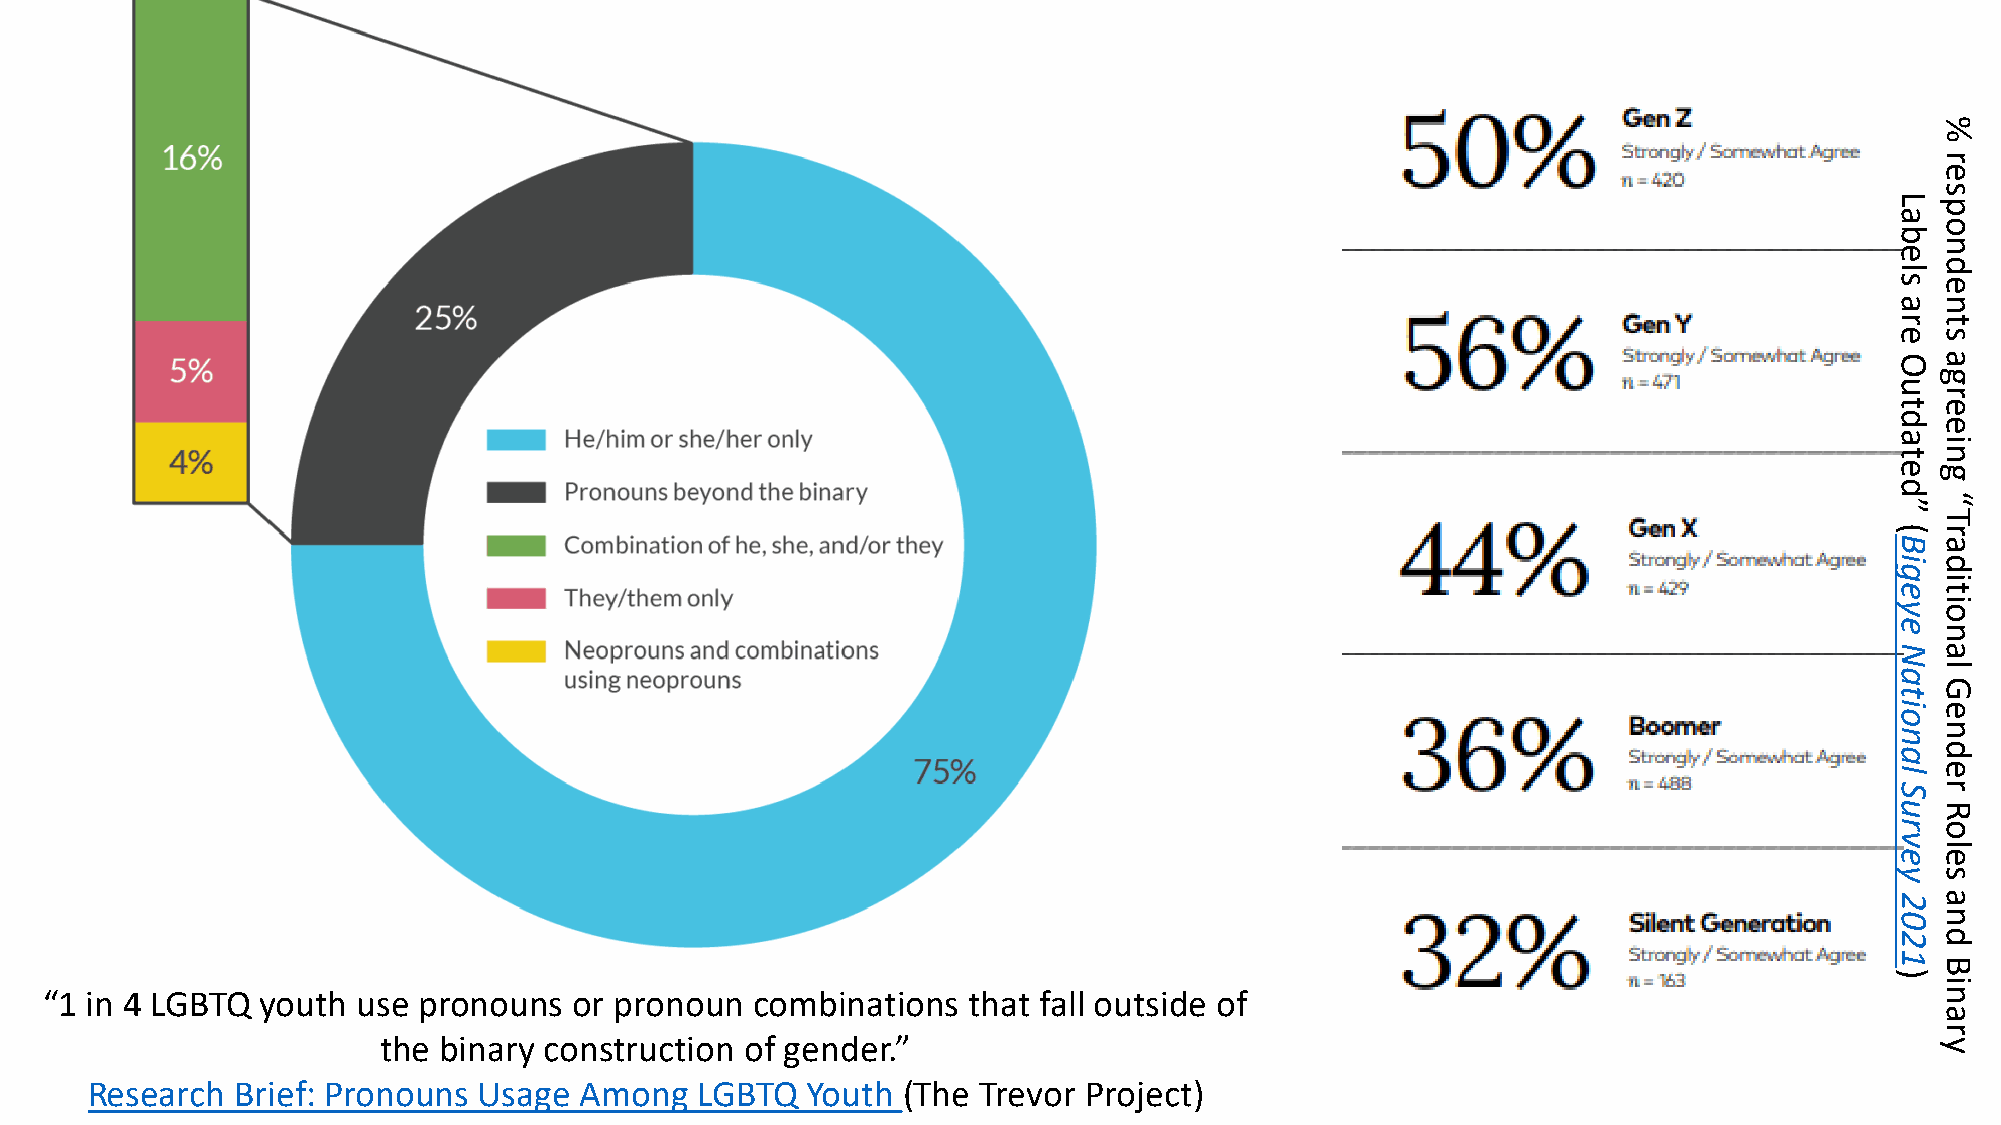
%
 r
 e
 s
 L  p
 a
 o
 b
 n
 e
 d
 l
 s  e
 a  n
 r  t
 e  s
 O  a
 g
 u
 r
 t  e
 d
 e
 a
 i
 t  n
 e  g
 d
 “
 ”
 T
 (  r
 B  a
 i  d
 g
 i
 e  t
 y  oi
 e
 n
 N  a
 a  l
 G
 t
 oi e
 n  n
 a  d
 l  e
 S  r
 u  R
 r  o
 v
 l
 e  e
 y  s
 2  a
 0  n
 2  d
 1
 B
 )
 i
 “1 in 4 LGBTQ youth  use pronouns  or pronoun  combinations  that fall outside of                                            n
 a
 r
 the binary construction of gender.”                                                                    y
 Research Brief: Pronouns  Usage Among   LGBTQ  Youth  (The Trevor Project)